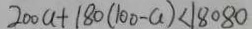
2 0 0 a + 1 8 0 ( 1 0 0 - a ) < 1 8 0 8 0